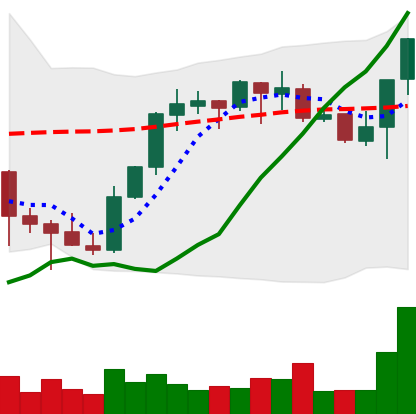
Ticker: BNB-USD
Chart end date: 2021-10-13
Forward return: 3.051%
Label: up_3_5